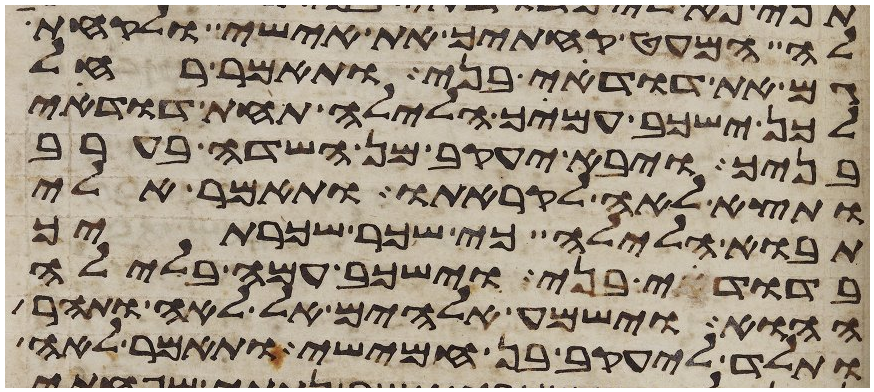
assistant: לה המעט קחתיך את אישי ולקחתי
גם את דודי בני ותאמר רחל
לכן ישכב עמיך הלילה תחת דודי
בניך ויבא יעקב מן השדה בערב
ותצא לאה לקראתו ותאמר אלי
תבוא הלילה כי שכר שכרתיך
בדודי בני וישכב עמה בלילה
ההוא וישמע אלהים אל לאה ותהר
ותלד ליעקב בן חמישי ותאמר לאה